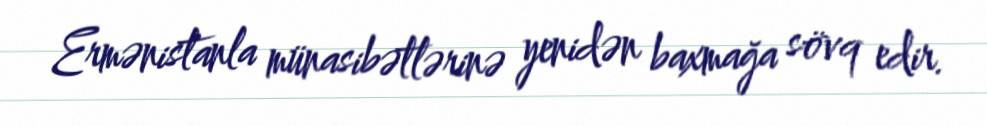
Ermənistanla münasibətlərinə yenidən baxmağa sövq edir.